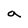
Character: a